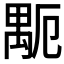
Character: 𥝂